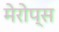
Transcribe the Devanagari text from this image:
मेरोप्स